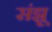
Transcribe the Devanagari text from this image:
संझू